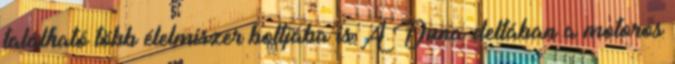
található több élelmiszer boltjába is A Duna-deltában a motoros